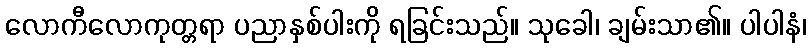
လောကီလောကုတ္တရာ ပညာနှစ်ပါးကို ရခြင်းသည်။ သုခေါ၊ ချမ်းသာ၏။ ပါပါနံ၊